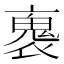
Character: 褢